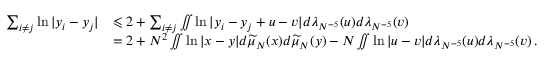
\begin{array} { r l } { \sum _ { i \neq j } \ln | y _ { i } - y _ { j } | } & { \leqslant 2 + \sum _ { i \neq j } \iint \ln | y _ { i } - y _ { j } + u - v | d \lambda _ { N ^ { - 5 } } ( u ) d \lambda _ { N ^ { - 5 } } ( v ) } \\ & { = 2 + N ^ { 2 } \iint \ln | x - y | d \widetilde { \mu } _ { N } ( x ) d \widetilde { \mu } _ { N } ( y ) - N \iint \ln | u - v | d \lambda _ { N ^ { - 5 } } ( u ) d \lambda _ { N ^ { - 5 } } ( v ) \, . } \end{array}